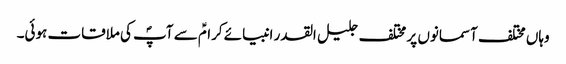
وہاں مختلف آسمانوں پر مختلف جلیل القدر انبیائے کرامؑ سے آپؐ کی ملاقات ہوئی۔